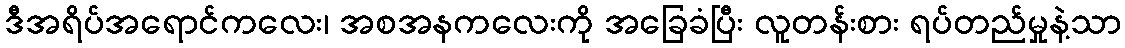
ဒီအရိပ်အရောင်ကလေး၊ အစအနကလေးကို အခြေခံပြီး လူတန်းစား ရပ်တည်မှုနဲ့သာ